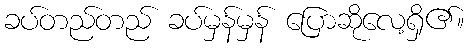
ခပ်တည်တည် ခပ်မှန်မှန် ပြောဆိုလေ့ရှိ၏။